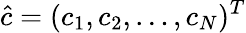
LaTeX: \hat{c}=(c_{1},c_{2},\ldots,c_{N})^{T}